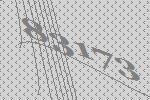
83173